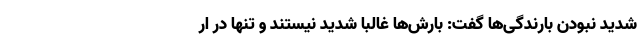
شدید نبودن بارندگی‌ها گفت: بارش‌ها غالبا شدید نیستند و تنها در ار